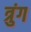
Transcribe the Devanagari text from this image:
त्रुंग